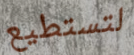
لتستطيع